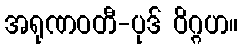
အရုဏဝတီ-ပုဒ် ဝိဂ္ဂဟ။